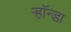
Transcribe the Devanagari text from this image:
ऱ्हॉन्डा